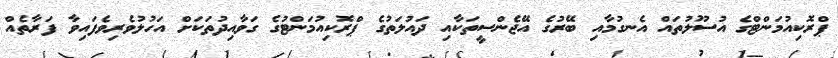
ޕްރޮކިއުމަންޓްގެ އުސޫލުތައް އެނގުމާއި ބޭރުގެ އޭޖެންސީތަކާއި ދައުލަތުގެ ޕްރޮކިއުމަންޓުގެ ގަވާއިދުތަކަށް އަހުލުވެރިވެފައިވާ ފަރާތެއް